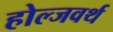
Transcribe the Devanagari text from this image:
होल्जवर्थ